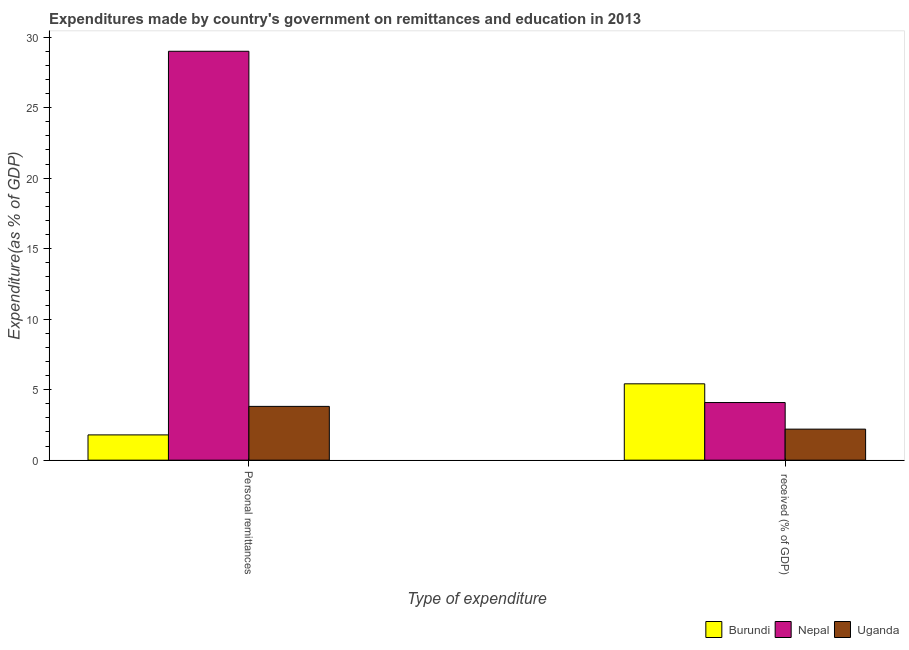
| Type of expenditure | Burundi | Nepal | Uganda |
 | --- | --- | --- | --- |
 | Personal remittances | 1.79 | 29 | 3.81 |
 |  received (% of GDP) | 5.41 | 4.09 | 2.2 |